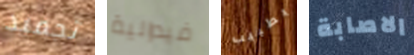
تجميد فيدرالية بطبيب الاصابة